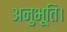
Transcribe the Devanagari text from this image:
अनुभूति।